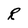
Character: R